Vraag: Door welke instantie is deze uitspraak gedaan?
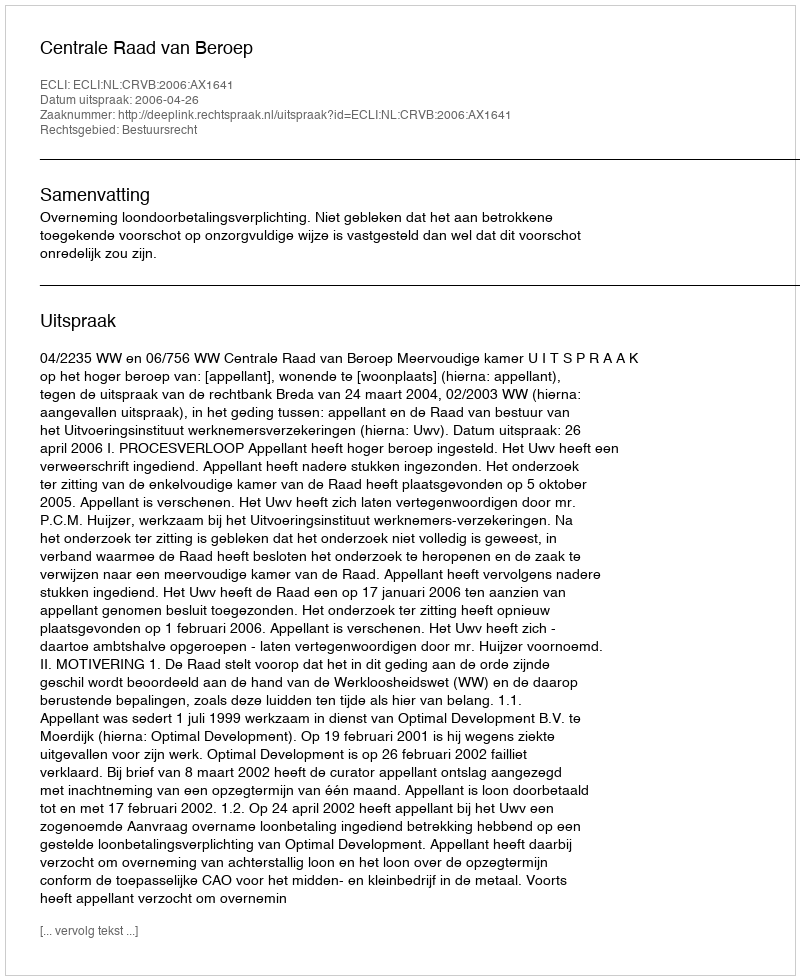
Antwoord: Centrale Raad van Beroep